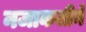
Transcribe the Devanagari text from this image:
नजाकतीने